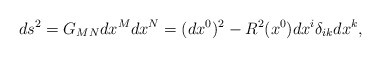
\begin{align*}ds^2=G_{MN}dx^Mdx^N=(dx^0)^2-R^2(x^0)dx^i\delta_{ik}dx^k ,\end{align*}